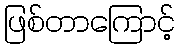
ဖြစ်တာကြောင့်